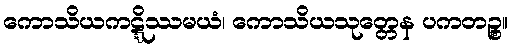
ကောသိယကဋ္ဋိဿမယံ၊ ကောသိယသုတ္တေန ပကတဉ္စ။